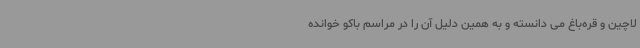
لاچین و قره‌باغ می دانسته و به همین دلیل آن را در مراسم باکو خوانده